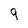
Character: 9